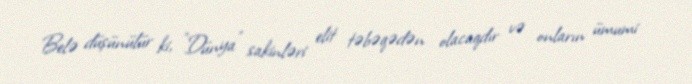
Belə düşünülür ki, "Dünya" sakinləri elit təbəqədən olacaqdır və onların ümumi